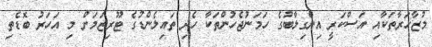
މުޒާހަރާތަކާއި އަސްކަރީ އިންގިލާބުގެ ހަމަނުޖެހުންތަކާ ހެދި ތައިލެންޑުގެ ޓޫރިޒަމަށް މި އަހަރު ބޮޑެތި